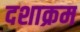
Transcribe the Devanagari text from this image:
दशाक्रम